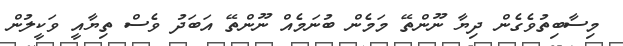
މިސާބިތުވެގެން ދިޔާ ނޫންތޭ މަމެން ބުނަމެއް ނޫންތޭ އަބަދު ވެސް ތިޔާއީ ވަކީލުން